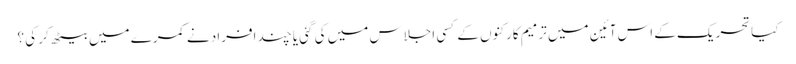
کیاتحریک کے اس آئین میں ترمیم کارکنوں کے کسی اجلاس میں کی گئی یا چند افراد نے کمرے میں بیٹھ کر کی ؟